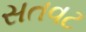
સતવટ